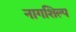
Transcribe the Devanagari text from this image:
नागशिल्प